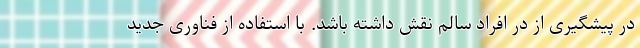
در پیشگیری از در افراد سالم نقش داشته باشد. با استفاده از فناوری جدید